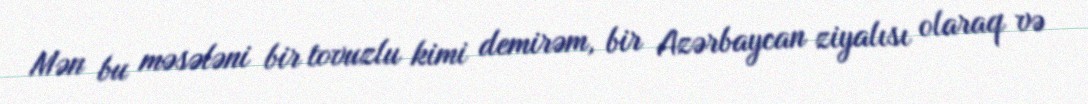
Mən bu məsələni bir tovuzlu kimi demirəm, bir Azərbaycan ziyalısı olaraq və